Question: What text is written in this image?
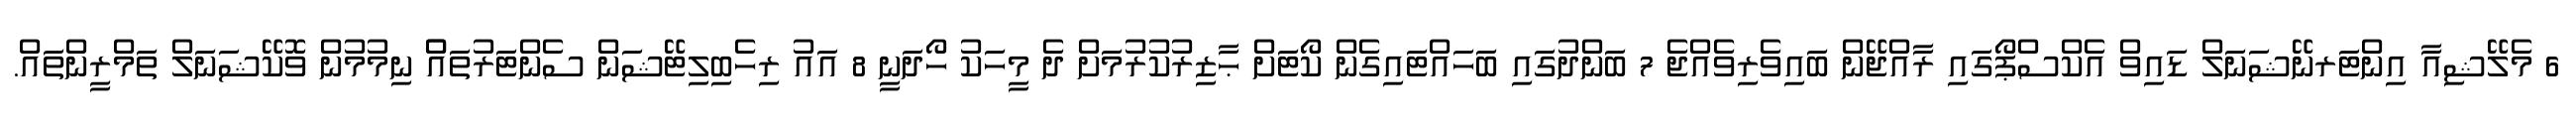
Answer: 6 މެލޭޝިއާ އިންޓަރނޭޝަނަލް ޑައިވް އެކްސްޕޯގައި ރާއްޖޭން ބައިވެރިވެއްޖެ 7 ބަންދުގައި ބަހައްޓައިގެން ކޯޓަށް ޙާޒިރުކުރުމަށް ދެ މީހަކު ހޯދަނީ 8 އައު ރިހެބިލިޓޭޝަން ސެންޓަރުތައްް ނިމުމުން ވޮކޭޝަނަލް ތަމްރީންތައް.